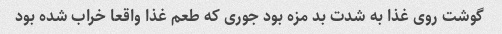
گوشت روی غذا به شدت بد مزه بود جوری که طعم غذا واقعا خراب شده بود